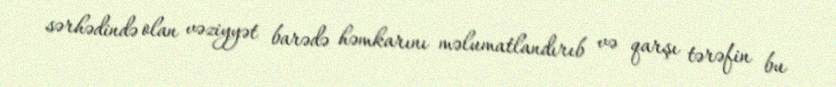
sərhədində olan vəziyyət barədə həmkarını məlumatlandırıb və qarşı tərəfin bu